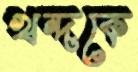
খন্দকে